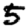
Digit: 5